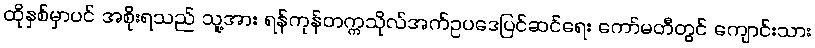
ထိုနှစ်မှာပင် အစိုးရသည် သူ့အား ရန်ကုန်တက္ကသိုလ်အက်ဥပဒေပြင်ဆင်ရေး ကော်မတီတွင် ကျောင်းသား